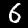
Label: 6